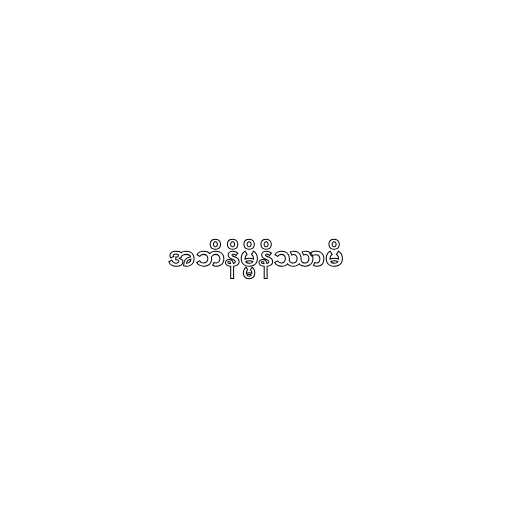
အဘိနိမ္မိနိဿာမိ